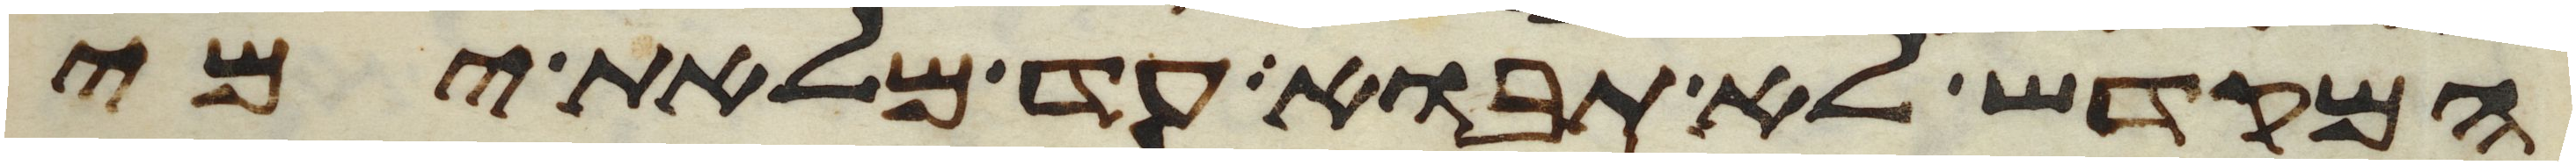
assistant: המקדש לא תבוא עד מלאת ימי